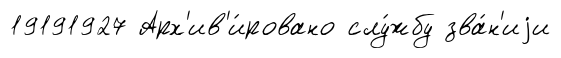
19191927 Арх'ив'и́ровано слу́жбу зва́н'иjи